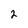
Character: 2